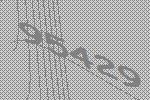
95429